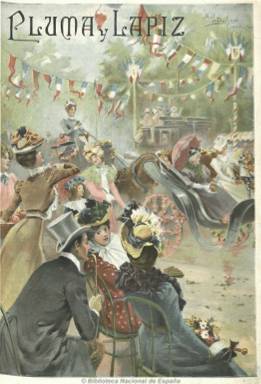
Título: Pluma y lápiz (Barcelona. 1900)
Colección: Revistas de información general
Ámbito geográfico: Barcelona
Lugar de publicación: Barcelona
Fechas: 01/01/1900-30/12/1905

Subtitulado “semanario hispano-americano de literatura y arte”, es una revista de carácter recreativo e ilustrada, que suma las fotografías a las reproducciones artísticas y dibujos, ilustrando las primeras una serie bajo el epígrafe “Leyendas y tradiciones”, especie de reportaje literario sobre ciudades españolas, siendo las segundas grabados, litografías y cromolitografías, como las que estampa a toda página en su cubierta o en el interior, con una gran calidad y en un papel excelente. Está vinculada al Centro Editorial Artístico, de Miquel Seguí, aunque su fundador y administrador pudo ser José María Serra, que se convertiría en yerno del editor. Su primer número aparece el cuatro de noviembre de 1900, y vinculada al movimiento modernista, sus textos estarán asimismo bellamente orlados, siendo estos por lo general de creación literaria: cuentos, narraciones, poemas, además de semblanzas biográficas y secciones de pasatiempos e historietas y tiras cómicas. Resalta en ella su exquisito diseño modernista, tal como indica Juan Miguel Sánchez Vigil, incluida su publicidad comercial.

En sus páginas colaboran los principales ilustradores del modernismo, además de pintores, entre los que se encuentran Cecilio Pla, Carlos Vázquez, Marcelino Unceta, Modest Urgell, C. Camps, M. Obiols Delgado, H. Beedy, R. Casas, E. Estevan, J. Hassall o M. Navarrete y T. Gascón, éstos dos con viñetas. Las fotografías proceden de Hauser y Menet, entre otros. Entre sus colaboradores literarios aparecen escritores españoles, pero también hispanoamericanos, como Salvador Rueda, Luis de Terán, José Echegaray, José Nogales, Eugenio Sellés, Manuel Argüello Mora, Francisco de Torres y Gisbert, Casimiro Prieto, Dionisio Pérez, Luis del Val, Leopoldo Alas ‘Clarín’, Eusebio Blasco, Vicente Nicolau, el Conde las Navas, Emilia Pardo Bazán o Francico Pi y Margall. Amparo Taberner será la autora de una sección titulada “Artistas en la intimidad”.

Pasará después a ser estampada por la Tipografía de F. Giró y por último será editada por la Casa Editorial Maucci, al tiempo que van desapareciendo las litografías en color y disminuyendo las ilustraciones artísticas y aumentando el número de fotografías en blanco y negro de actualidad y de vistas españolas o extranjeras, reduciendo asimismo sus textos de creación literaria y dedicando especial atención a la guerra ruso-japonesa a través de crónicas de A. Riera. También Julio Martínez Lecha será el autor de una “Crónica semanal” y dedicará también atención al mundo del teatro y la literatura.

En sus primeros años aparece en números de doce páginas, que aumentará a dieciséis conforme va desapareciendo el color en sus páginas y aumentando el número de fotografías y sus textos de actualidad. Falta su primer número en la colección de la Biblioteca Nacional de España, acabando esta en su número 270, correspondiente al 30 de diciembre de 1905. El último número de la colección de la Hemeroteca Municipal de Madrid es el 278, correspondiente al 24 de febrero de 1906.